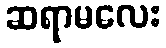
ဆရာမလေး